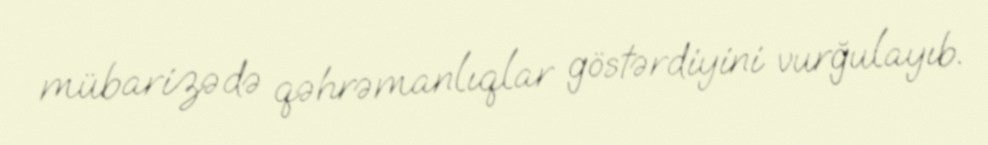
mübarizədə qəhrəmanlıqlar göstərdiyini vurğulayıb.